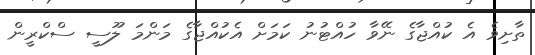
ތާށިވެ އެ ކުއްޖާގެ ނޭވާ ހުއްޓުނު ކަމަށް އެކުއްޖާގެ މަންމަ ލޫސީ ސްކްރީން